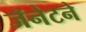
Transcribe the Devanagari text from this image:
जॅनेटने